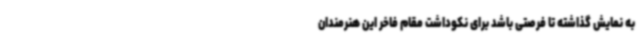
به نمایش گذاشته تا فرصتی باشد برای نکوداشت مقام فاخر این هنرمندان